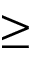
\geq